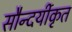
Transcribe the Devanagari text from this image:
सौन्दर्यीकृत